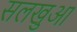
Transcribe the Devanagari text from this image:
सलखुआ